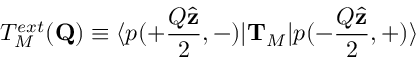
T _ { M } ^ { e x t } ( { \bf Q } ) \equiv \langle p ( + \frac { Q \hat { \bf z } } { 2 } , - ) \vert { \bf T } _ { M } \vert p ( - \frac { Q \hat { \bf z } } { 2 } , + ) \rangle